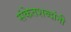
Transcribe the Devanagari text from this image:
संकेतशब्दांनी